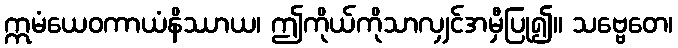
ဣမံယေဝကာယံနိဿာယ၊ ဤကိုယ်ကိုသာလျှင်အမှီပြု၍။ သဗ္ဗေတေ၊